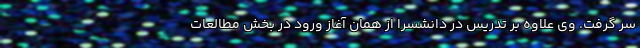
سر گرفت. وی علاوه بر تدریس در دانشسرا از همان آغاز ورود در بخش مطالعات